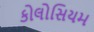
કોલોસિયમ